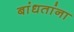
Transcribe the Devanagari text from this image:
बांधतांना